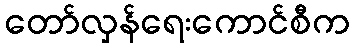
တော်လှန်ရေးကောင်စီက